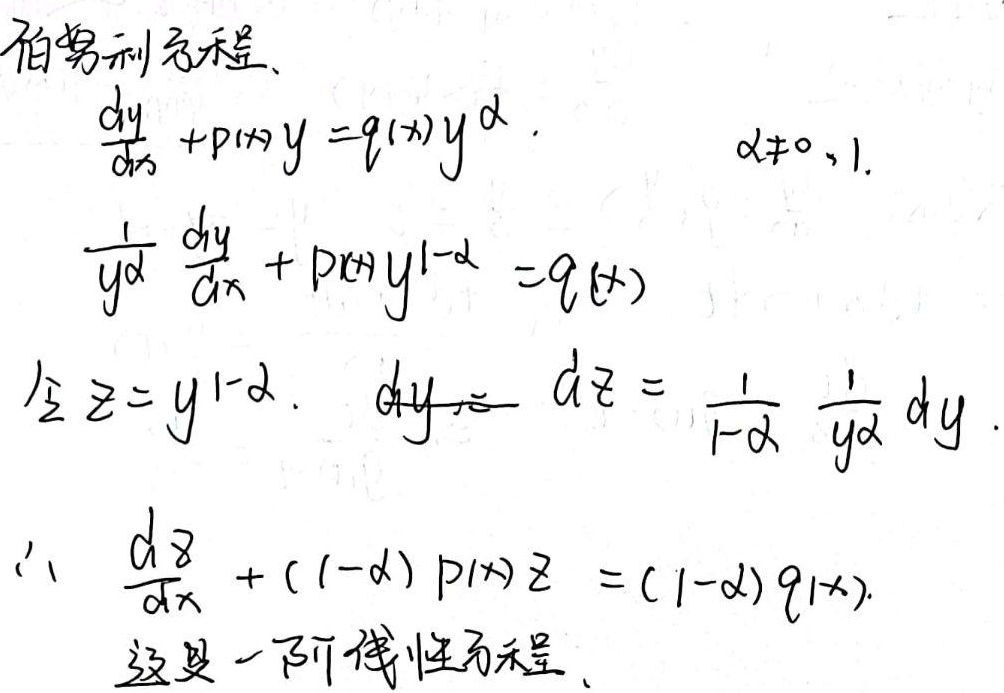
伯努利方程：\(\frac{dy}{dx}+p(x)y = q(x)y^{\alpha}\)，\(\alpha\neq0,1\)。

\(\frac{1}{y^{\alpha}}\frac{dy}{dx}+p(x)y^{1 - \alpha}=q(x)\)

令\(z = y^{1 - \alpha}\)，\(dz=\frac{1}{1 - \alpha}\frac{1}{y^{\alpha}}dy\)。

\(\therefore\frac{dz}{dx}+(1 - \alpha)p(x)z=(1 - \alpha)q(x)\)。这是一阶线性方程。